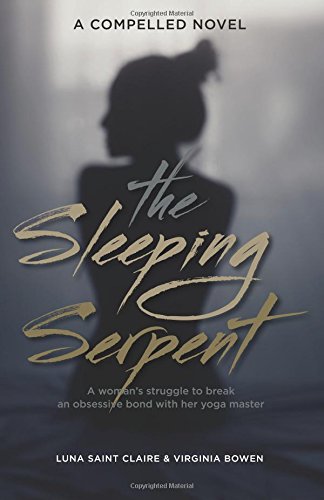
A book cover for The Sleeping Serpent: A woman's struggle to break an obsessive bond with her yoga master; Luna Saint Claire; Romance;